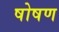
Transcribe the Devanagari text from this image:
षोषण